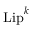
{ \mathrm { L i p } } ^ { k }